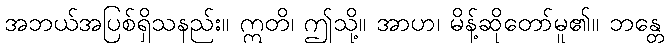
အဘယ်အပြစ်ရှိသနည်း။ ဣတိ၊ ဤသို့။ အာဟ၊ မိန့်ဆိုတော်မူ၏။ ဘန္တေ